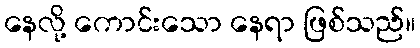
နေလို့ ကောင်းသော နေရာ ဖြစ်သည်။